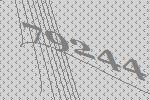
79244